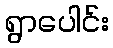
ရွာပေါင်း